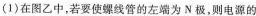
(1)在图乙中，若要使螺线管的左端为N极，则电源的